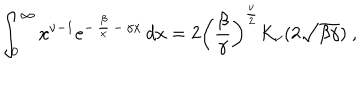
\int _ { 0 } ^ { \infty } x ^ { \nu - 1 } e ^ { - \, { \frac { \beta } { x } } \, - \, \gamma x } \, d x = 2 \left( { \frac { \beta } { \gamma } } \right) ^ { { \frac { \nu } { 2 } } } K _ { \nu } ( 2 \sqrt { \beta \gamma } ) \ ,